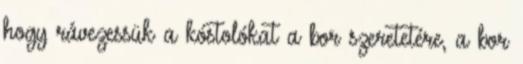
hogy rávezessük a kóstolókat a bor szeretetére, a bor